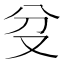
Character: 𠬰